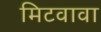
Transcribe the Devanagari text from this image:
मिटवावा